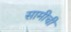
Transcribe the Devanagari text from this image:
सामीची